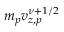
m _ { p } v _ { z , p } ^ { \nu + 1 / 2 }